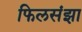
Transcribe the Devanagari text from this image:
फिलसंझा